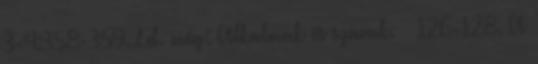
3-4:358-359. Ld. még: Alkalmak és szavak. – 126-128. A